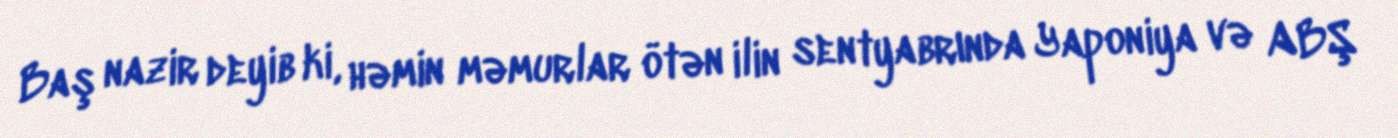
Baş nazir deyib ki, həmin məmurlar ötən ilin sentyabrında Yaponiya və ABŞ